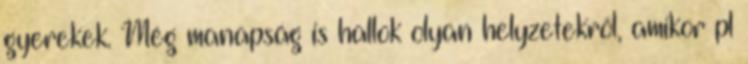
gyerekek. Még manapság is hallok olyan helyzetekről, amikor pl